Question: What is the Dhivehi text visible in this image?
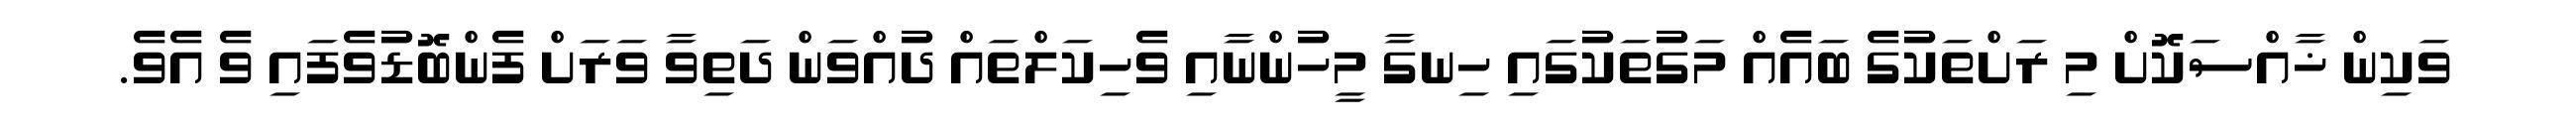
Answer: ވަކިން ޚާއްސަކޮށް މި ރަށްތަކުގެ ބައެއް މަގުތަކުގައި ހިނގާ މީހުންނާއި ވެހިކަލްތައް ދުއްވަން ދަތިވާ ވަރަށް ފެންބޮޑުވެފައި ވެ އެވެ.